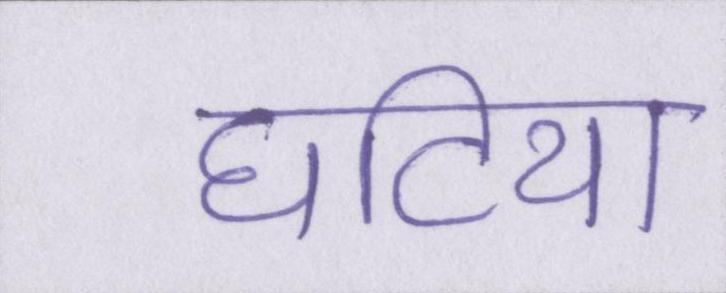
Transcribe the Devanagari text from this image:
घटिया